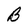
Character: B